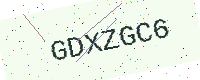
Text: GDXZGC6